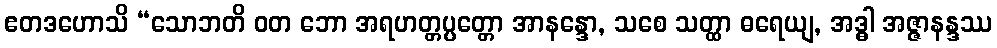
ဧတဒဟောသိ “သောဘတိ ဝတ ဘော အရဟတ္တပ္ပတ္တော အာနန္ဒော, သစေ သတ္ထာ ဓရေယျ, အဒ္ဓါ အဇ္ဇာနန္ဒဿ